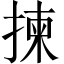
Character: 揀